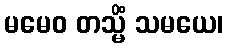
မမေဝ တသ္မိံ သမယေ၊